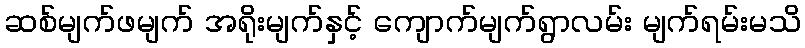
ဆစ်မျက်ဖမျက် အရိုးမျက်နှင့် ကျောက်မျက်ရွာလမ်း မျက်ရမ်းမသိ